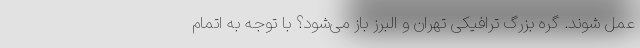
عمل شوند. گره بزرگ ترافیکی تهران و البرز باز می‌شود؟ با توجه به اتمام